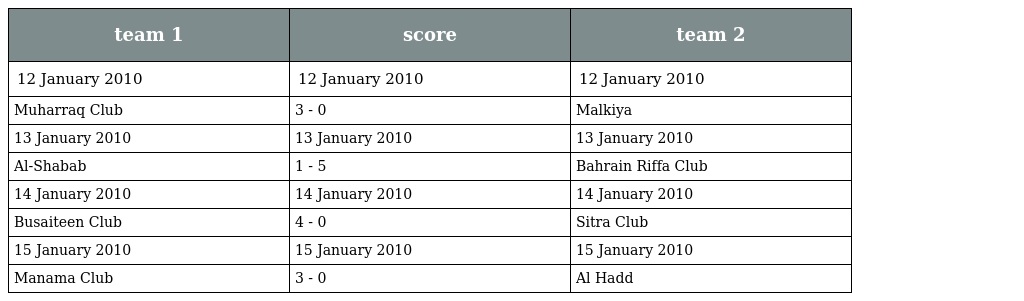
| team 1 | score | team 2 |
 | --- | --- | --- |
 | 12 January 2010 | 12 January 2010 | 12 January 2010 |
 | Muharraq Club | 3 - 0 | Malkiya |
 | 13 January 2010 | 13 January 2010 | 13 January 2010 |
 | Al-Shabab | 1 - 5 | Bahrain Riffa Club |
 | 14 January 2010 | 14 January 2010 | 14 January 2010 |
 | Busaiteen Club | 4 - 0 | Sitra Club |
 | 15 January 2010 | 15 January 2010 | 15 January 2010 |
 | Manama Club | 3 - 0 | Al Hadd |